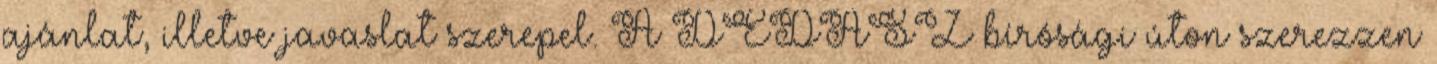
ajánlat, illetve javaslat szerepel. A DÉDÁSZ bírósági úton szerezzen